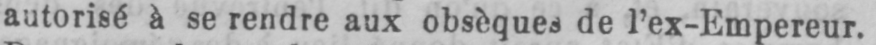
autorisé à se rendre aux obsèques de l’ex-Empereur.